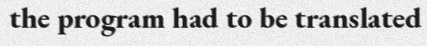
the program had to be translated